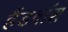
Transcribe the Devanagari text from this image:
हैंडवॉश